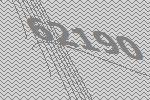
62190